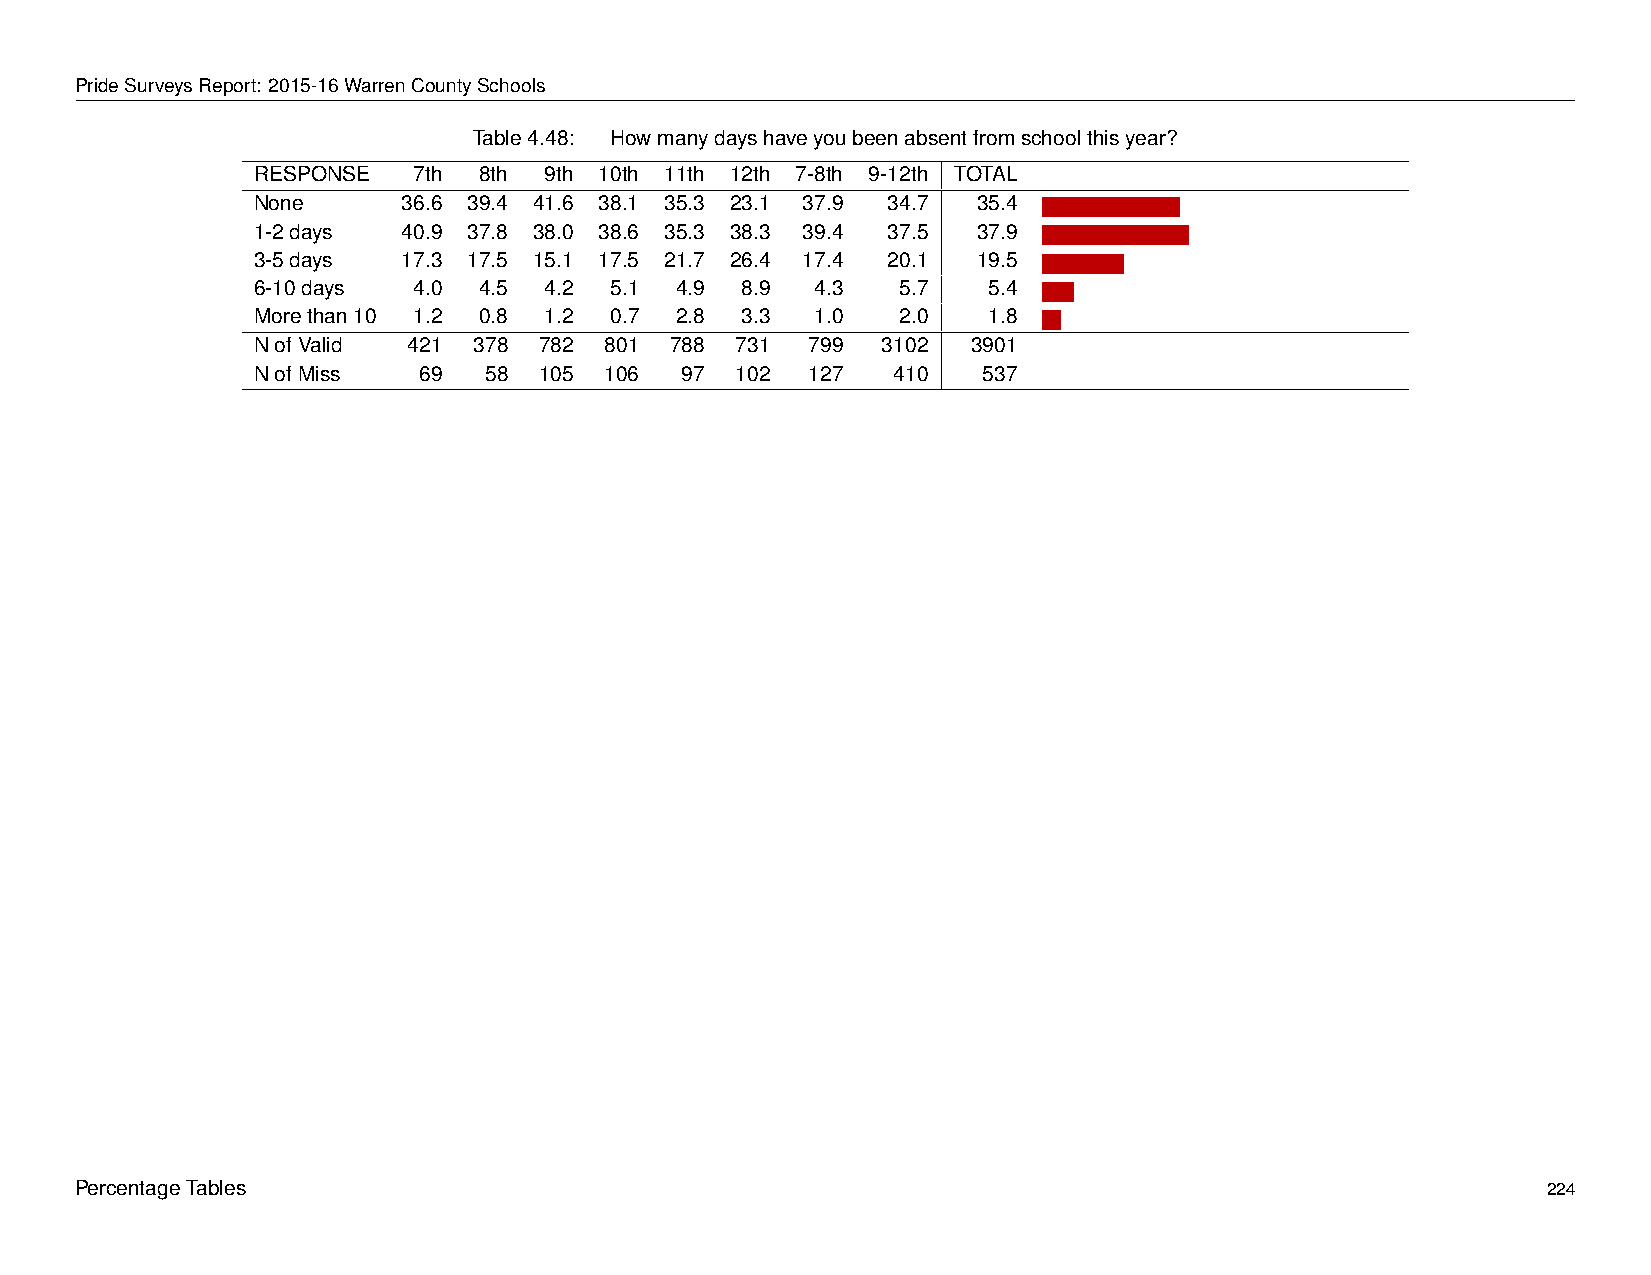
PrideSurveysReport: 2015-16WarrenCountySchools
 Table4.48: Howmanydayshaveyoubeenabsentfromschoolthisyear?
 RESPONSE  7th  8th 9th 10th 11th 12th 7-8th 9-12th TOTAL
 None      36.6 39.4 41.6 38.1 35.3 23.1 37.9 34.7 35.4 -
 1-2days   40.9 37.8 38.0 38.6 35.3 38.3 39.4 37.5 37.9 -
 3-5days   17.3 17.5 15.1 17.5 21.7 26.4 17.4 20.1 19.5 -
 6-10days  4.0  4.5 4.2 5.1  4.9 8.9  4.3  5.7   5.4 -
 Morethan10 1.2 0.8 1.2 0.7  2.8 3.3  1.0  2.0   1.8 -
 NofValid  421 378  782 801 788  731  799 3102  3901
 NofMiss    69  58  105 106  97  102  127  410   537
 PercentageTables                                                                                 224